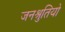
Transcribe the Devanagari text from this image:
जनश्रुतियो